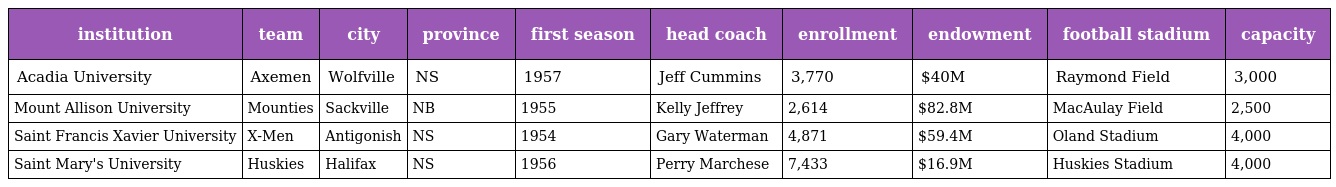
| institution | team | city | province | first season | head coach | enrollment | endowment | football stadium | capacity |
 | --- | --- | --- | --- | --- | --- | --- | --- | --- | --- |
 | Acadia University | Axemen | Wolfville | NS | 1957 | Jeff Cummins | 3,770 | $40M | Raymond Field | 3,000 |
 | Mount Allison University | Mounties | Sackville | NB | 1955 | Kelly Jeffrey | 2,614 | $82.8M | MacAulay Field | 2,500 |
 | Saint Francis Xavier University | X-Men | Antigonish | NS | 1954 | Gary Waterman | 4,871 | $59.4M | Oland Stadium | 4,000 |
 | Saint Mary's University | Huskies | Halifax | NS | 1956 | Perry Marchese | 7,433 | $16.9M | Huskies Stadium | 4,000 |